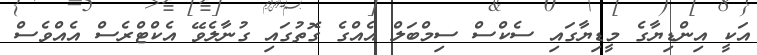
އަކީ އިންޑިޔާގެ މީޑިޔާގައި ސެކްސް ސިމްބަލް އެއްގެ ގޮތުގައި ގުނާލެވޭ އެކްޓްރެސް އެއްވެސް